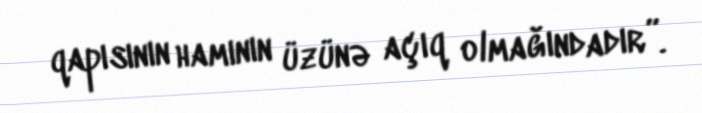
qapısının hamının üzünə açıq olmağındadır”.